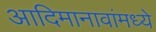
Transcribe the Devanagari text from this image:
आदिमानावांमध्ये